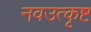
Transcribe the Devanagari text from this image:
नवउत्कृष्ट